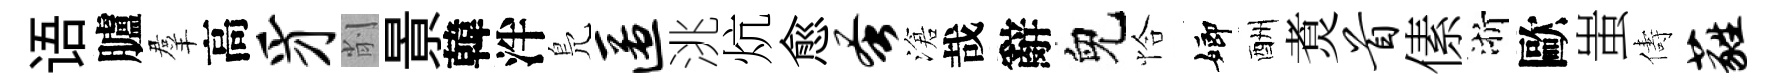
语臚羣高豸削㬌韓泮鳬匿洮炕愈蚤滄哉辭兒恰嫏酬煑首傃浙歐蚩儔蕤